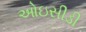
ઓઇસીડી